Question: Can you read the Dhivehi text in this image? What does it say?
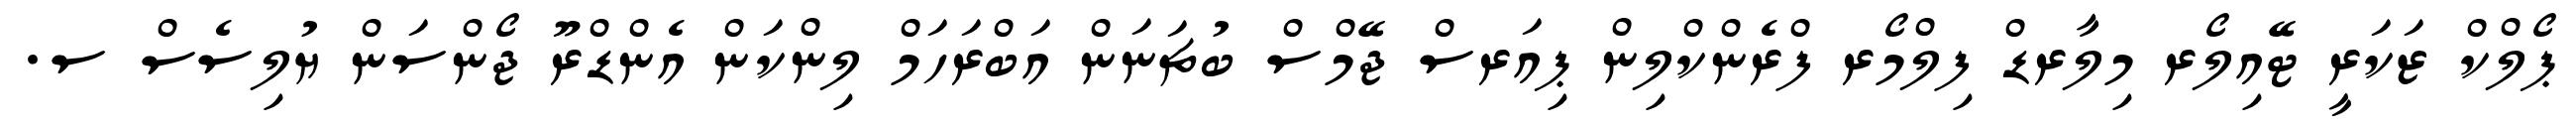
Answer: ޕޯލްކް ޒަކަރީ ޓޭއިލޯރ މިލާރޑް ފިލްމޯރ ފްރެންކްލިން ޕިއަރސް ޖޭމްސް ބުޗަނަން އަބްރަހަމް ލިންކަން އެންޑްރޫ ޖޯންސަން ޔުލިސެސް ސ.